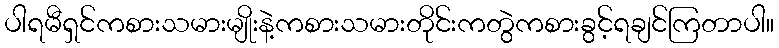
ပါရမီရှင်ကစားသမားမျိုးနဲ့ကစားသမားတိုင်းကတွဲကစားခွင့်ရချင်ကြတာပါ။